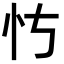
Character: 𪫝